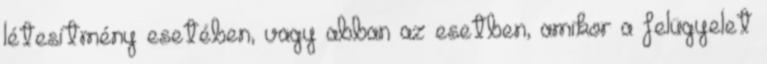
létesítmény esetében, vagy abban az esetben, amikor a felügyelet